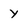
Character: Y